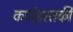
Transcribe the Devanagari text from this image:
कर्णइस्तकी